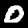
Label: 0